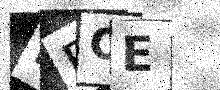
Text: EFOE